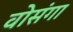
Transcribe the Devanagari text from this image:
वोसंगा